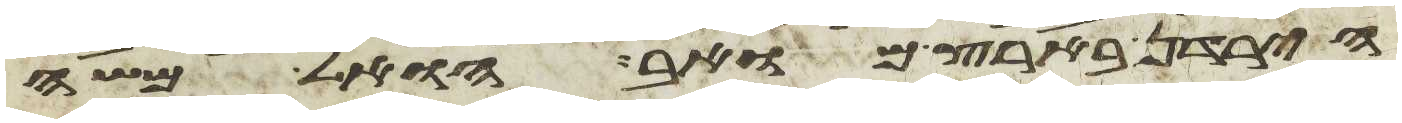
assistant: הירדן בארץ מואב הואל משה